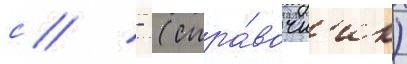
с // - (спра́вочн'ик)